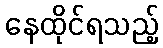
နေထိုင်ရသည့်